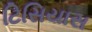
ટિસિયાસ